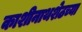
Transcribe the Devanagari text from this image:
काशीनाथशेठच्या